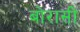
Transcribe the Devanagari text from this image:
बोरासी